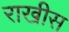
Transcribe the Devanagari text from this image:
राखीस